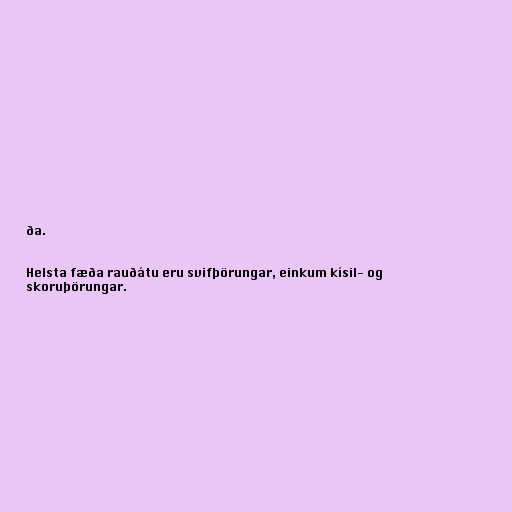
ða.

Helsta fæða rauðátu eru svifþörungar, einkum kísil- og
skoruþörungar.